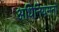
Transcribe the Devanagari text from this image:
अधिनियमनों